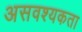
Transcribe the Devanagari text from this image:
असवश्यकता